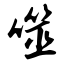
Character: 噬